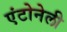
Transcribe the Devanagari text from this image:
एंटोनेली